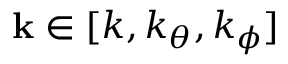
\mathbf { k } \in [ k , k _ { \theta } , k _ { \phi } ]